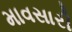
માવસારી